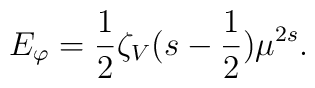
E_{\varphi}=\frac12\zeta_V(s-\frac12)\mu^{2s}.